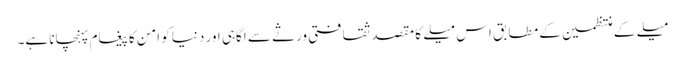
میلے کے منتظمین کے مطابق اس میلے کا مقصد ثقافتی ورثے سے اگاہی اور دنیا کو امن کا پیغام پہنچانا ہے۔